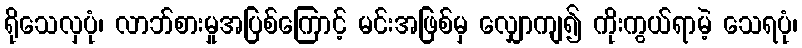
ရိုသေလှပုံ၊ လာဘ်စားမှုအပြစ်ကြောင့် မင်းအဖြစ်မှ လျှောကျ၍ ကိုးကွယ်ရာမဲ့ သေရပုံ၊